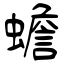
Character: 蟾